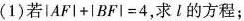
(1)若$$lAF|+|BF|=4$$，求l的方程；